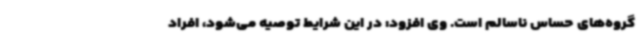
گروه‌های حساس ناسالم است. وی افزود: در این شرایط توصیه می‌شود، افراد